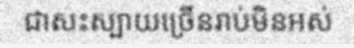
ជាសះស្បាយច្រើនរាប់មិនអស់